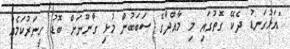
"އަޅުގަނޑު ދެކޭ ގޮތުގައި މި މާއްދާގެ ސަބަބުން މުޅި ގާނޫނަށް ބޮޑު ހީނަރުކަމެއް